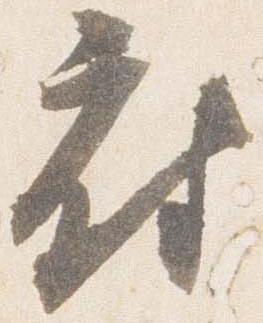
府